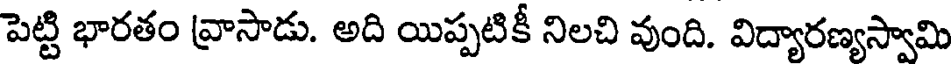
పెట్టి భారతం వ్రాసాడు. అది యిప్పటికీ నిలచి వుంది. విద్యారణ్యస్వామి